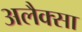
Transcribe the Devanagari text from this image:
अलैक्सा